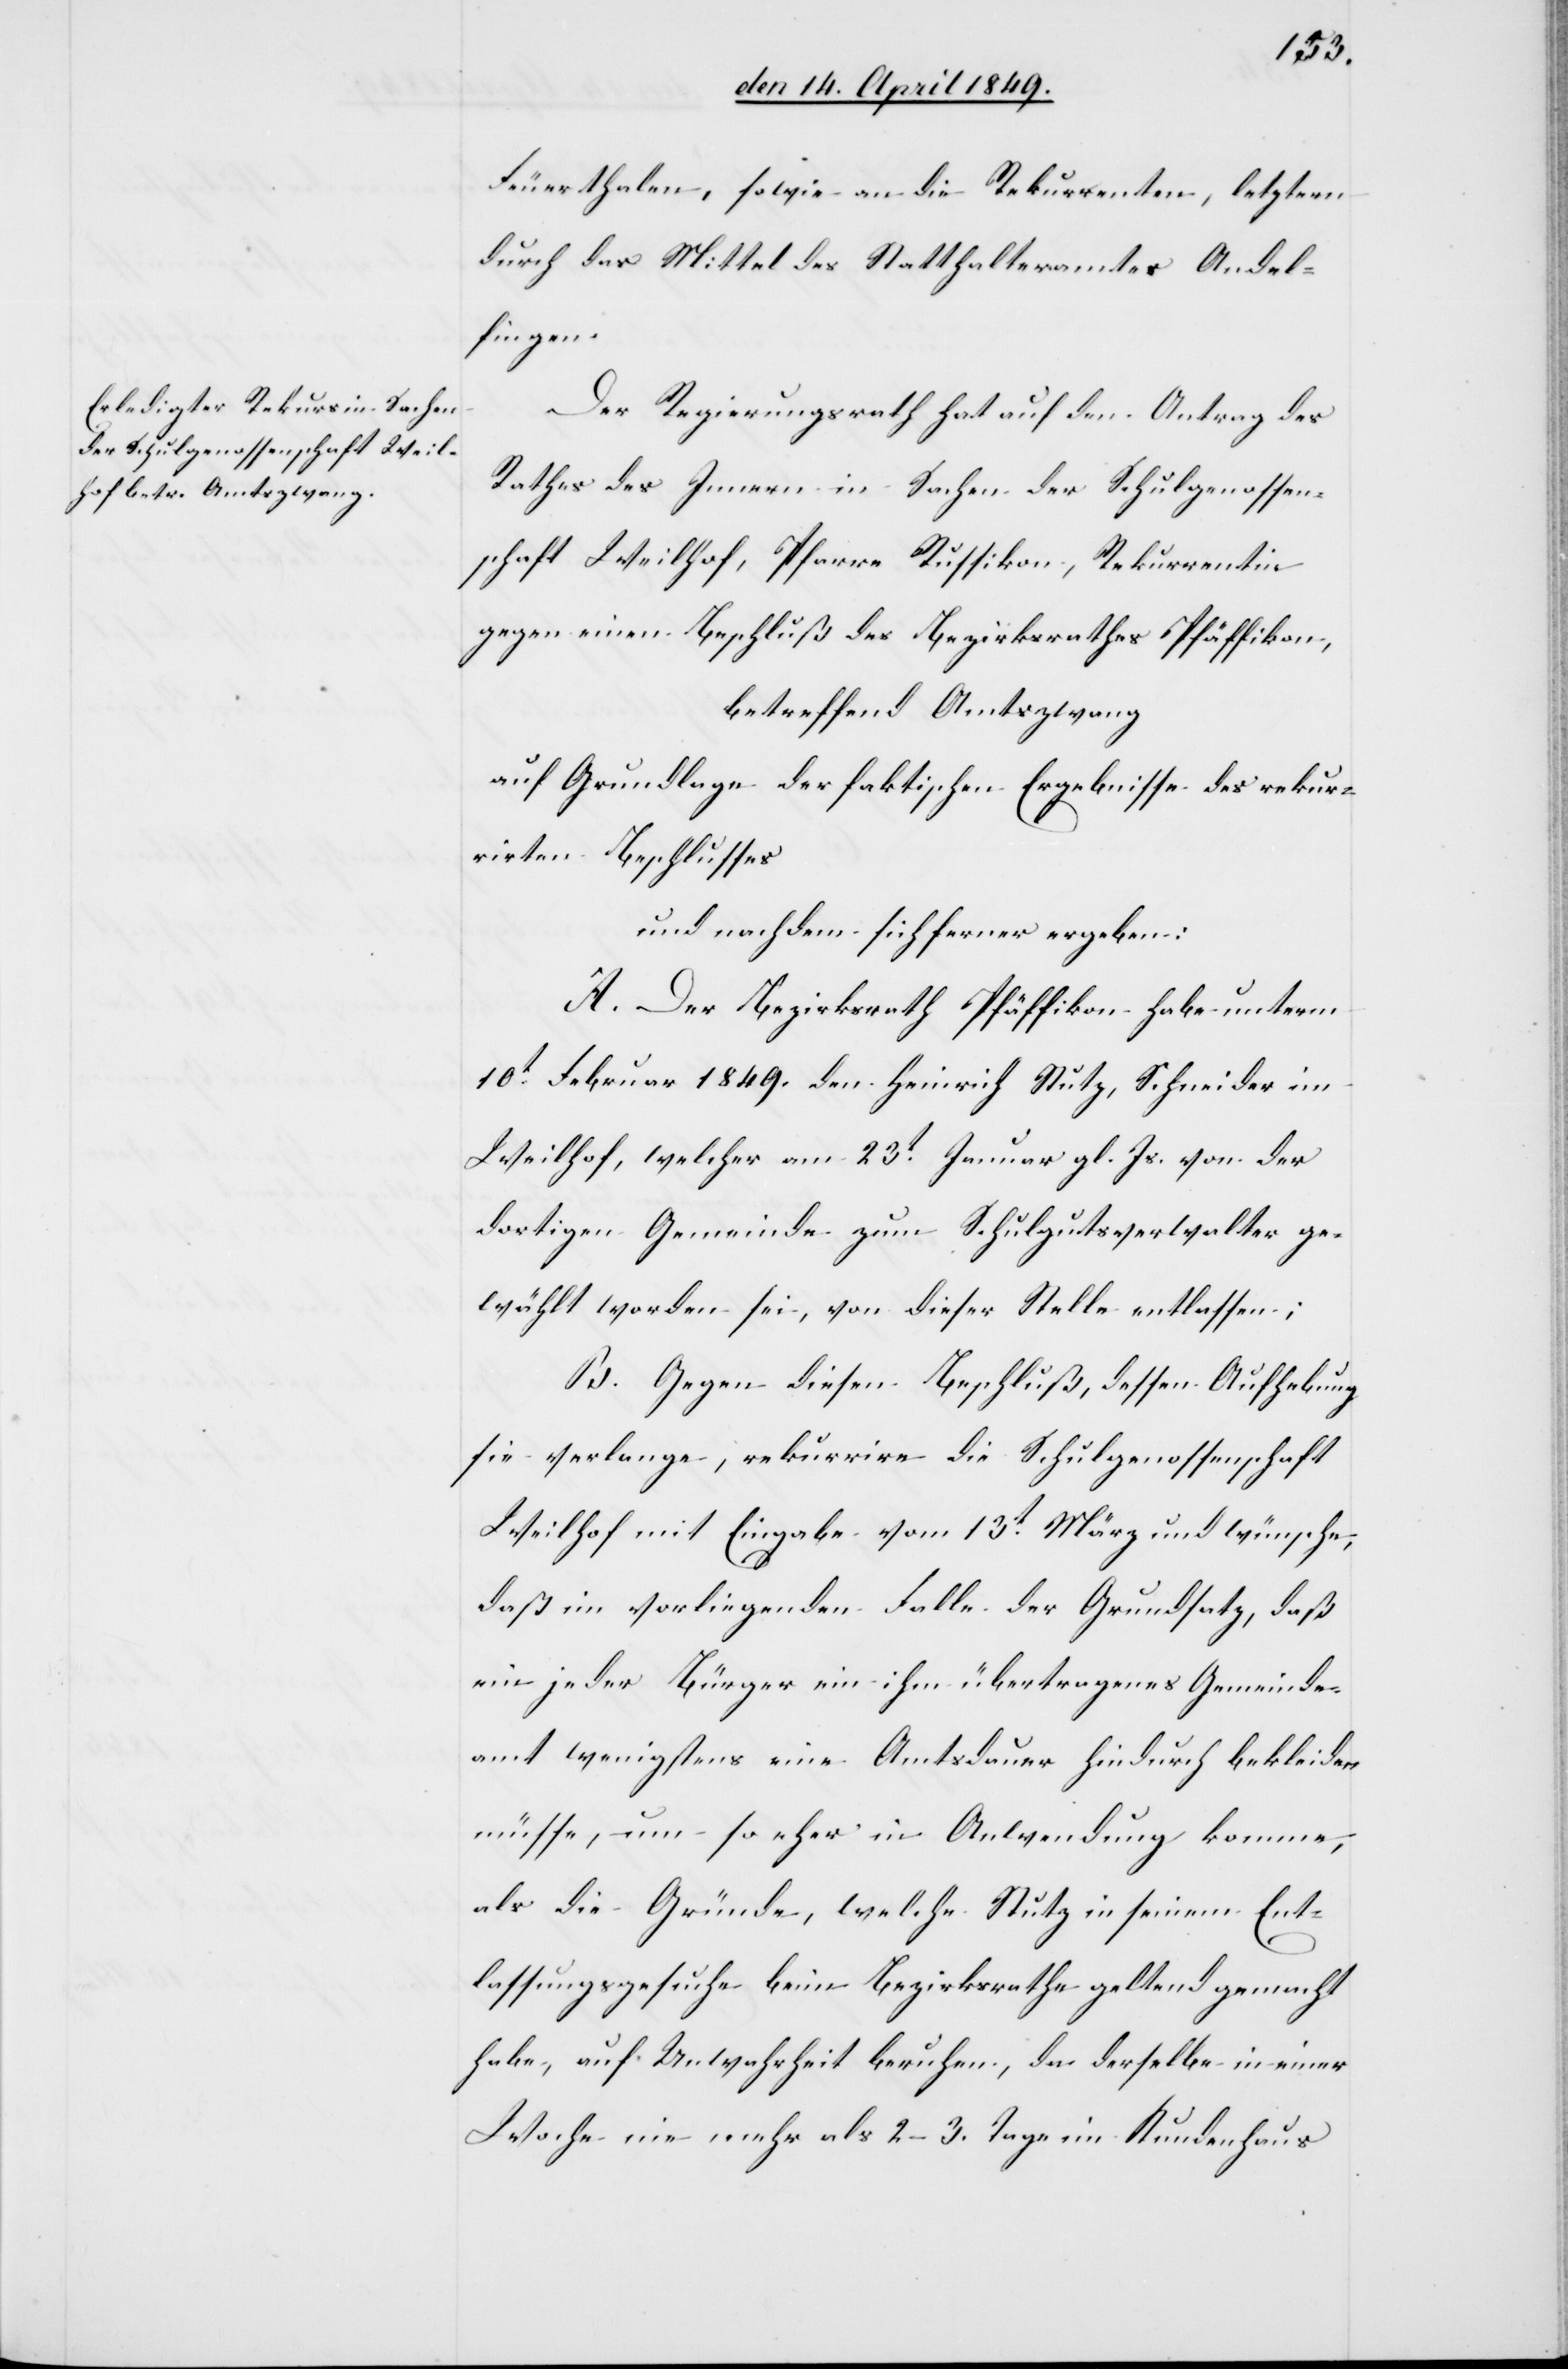
Feuerthalen, sowie an die Rekurrenten, letztern
durch das Mittel des Statthalteramtes Andel¬
fingen.
Der Regierungsrath hat auf den Antrag des
Rathes des Innern in Sachen der Schulgenossen¬
schaft Weilhof, Pfarre Russikon, Rekurrentin
gegen einen Beschluß des Bezirksrathes Pfäffikon,
betreffend Amtszwang
auf Grundlage der faktischen Ergebnisse des rekur¬
rirten Beschlusses
und nachdem sich ferner ergeben:
A. Der Bezirksrath Pfäffikon habe unterm
10t Februar 1849. den Heinrich Stutz, Schneider im
Weilhof, welcher am 23t Januar gl. Js. von der
dortigen Gemeinde zum Schulgutsverwalter ge¬
wählt worden sei, von dieser Stelle entlassen;
B. Gegen diesen Beschluß, dessen Aufhebung
sie verlange, rekurrire die Schulgenossenschaft
Weilhof mit Eingabe vom 13t März und wünsche,
daß im vorliegenden Falle der Grundsatz, daß
ein jeder Bürger ein ihm übertragenes Gemeinde¬
amt wenigstens eine Amtsdauer hindurch bekleiden
müsse, um so eher in Anwendung komme,
als die Gründe, welche Stutz in seinem Ent¬
lassungsgesuche beim Bezirksrathe geltend gemacht
habe, auf Unwahrheit beruhen, da derselbe in einer
Woche nie mehr als 2–3. Tage im Kundenhaus